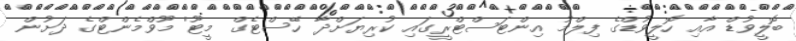
ބޮލީވުޑް އާއި ހޮލީވުޑްގެ ފިލްމު އިންޓަސްޓްރީގައި ކުރިޔަށްދާ 'ހޭސްޓެގް މީޓޫ' މޫވްމެންޓްގެ ދަށުން